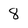
Character: 8